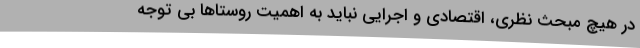
در هیچ مبحث نظری، اقتصادی و اجرایی نباید به اهمیت روستاها بی توجه